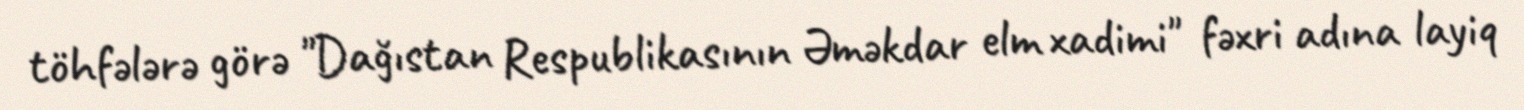
töhfələrə görə "Dağıstan Respublikasının Əməkdar elm xadimi" fəxri adına layiq